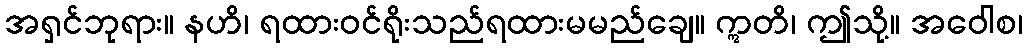
အရှင်ဘုရား။ နဟိ၊ ရထားဝင်ရိုးသည်ရထားမမည်ချေ။ ဣတိ၊ ဤသို့။ အဝေါစ၊